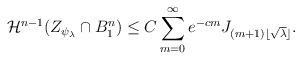
LaTeX: \begin{align*} \mathcal{H}^{n-1} (Z_{\psi_\lambda} \cap B^n_1) & \leq C \sum_{m=0}^\infty e^{-cm} J_{(m+1) \lfloor \sqrt{\lambda} \rfloor }.\end{align*}